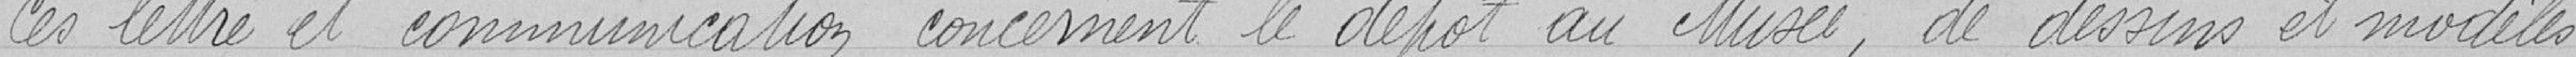
Ces lettre et communication concernent le dépôt au Musée, de dessins et modèles